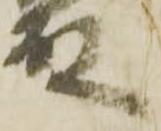
殿